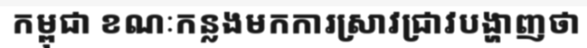
កម្ពុជា ខណៈកន្លងមកការស្រាវជ្រាវបង្ហាញថា